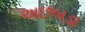
અછબડા